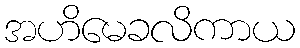
အဟိမေခလိကာယ